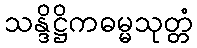
သန္ဒိဋ္ဌိကဓမ္မသုတ္တံ